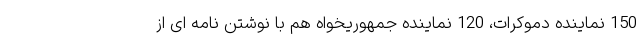
150 نماینده دموکرات، 120 نماینده جمهوریخواه هم با نوشتن نامه ای از